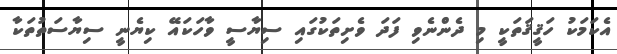
އެކަމަކު ހަޤީޤަތަކީ މި ދެންނެވި ފަދަ ވެށިތަކުގައި ސިޔާސީ ވާހަކައޭ ކިޔެނީ ސިޔާސަތުތަކާ